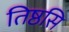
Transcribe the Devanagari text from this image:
तिष्ठसि